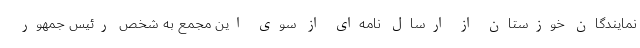
نمایندگان خوزستان از ارسال نامه‌ای از سوی این مجمع به شخص رئیس جمهور